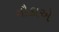
નૌકાએ